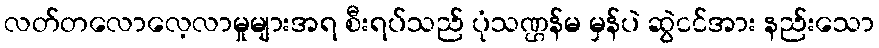
လတ်တလောလေ့လာမှုများအရ စီးရပ်သည် ပုံသဏ္ဌန်မ မှန်ပဲ ဆွဲငင်အား နည်းသော